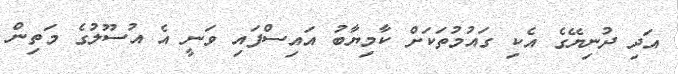
އަދި ދުނިޔޭގެ އެކި ގައުމުތަކަށް ކާމިޔާބު އައިސްފައި ވަނީ އެ އުސޫލުގެ މަތިން